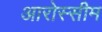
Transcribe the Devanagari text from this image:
आरोस्सीम